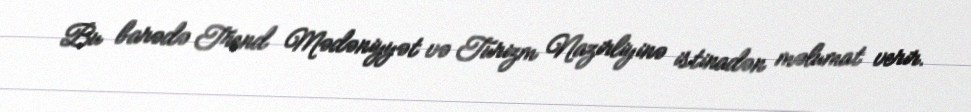
Bu barədə Trend Mədəniyyət və Turizm Nazirliyinə istinadən məlumat verir.